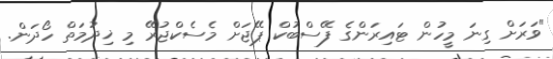
"ވަރަށް ގިނަ މީހުން ޓައިރަންގެ ފޭސްބުކް ޕޭޖަށް މެސެކްޖުރޭ މި ޚިދުމަތް ހޯދަން.